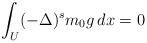
LaTeX: \begin{align*} \int_{U}(-\Delta)^sm_0g\,dx=0 \end{align*}